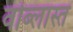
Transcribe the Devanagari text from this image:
वोब्लास्त